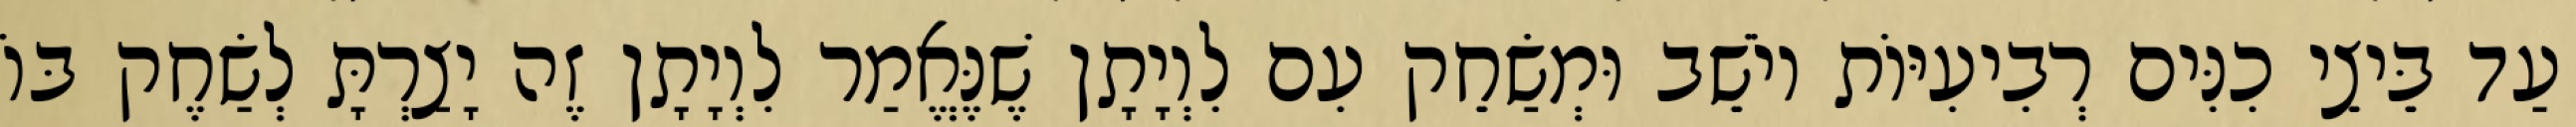
עַד בֵּיצֵי כִנִּים רְבִיעִיּוֹת יוֹשֵׁב וּמְשַׂחֵק עִם לִוְיָתָן שֶׁנֶּאֱמַר לִוְיָתָן זֶה יָצַרְתָּ לְשַׂחֶק בּוֹ